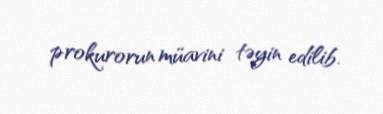
prokurorun müavini təyin edilib.